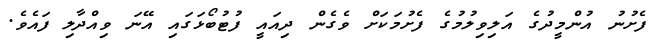
ފެށުނު އުންމީދުގެ އަލިވިލުމުގެ ފެށުމަކަށް ވެގެން ދިއައީ ފުޓުބޯޅަގައި އޭނަ ވިއްދާލި ފައެވެ.